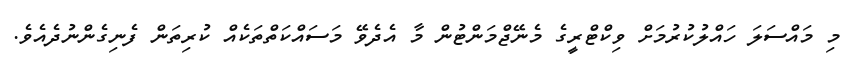
މި މައްސަލަ ހައްލުކުރުމަށް ވިކްޓްރީގެ މެނޭޖްމަންޓުން މާ އެދެވޭ މަސައްކަތްތަކެއް ކުރިތަން ފެނިގެންނުދެއެވެ.